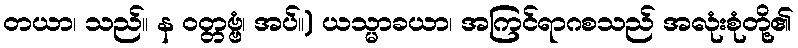
တယာ၊ သည်။ န ဝတ္တဗ္ဗံ၊ အပ်။) ယသ္မာခယာ၊ အကြင်ရာဂစသည် အလုံးစုံတို့၏